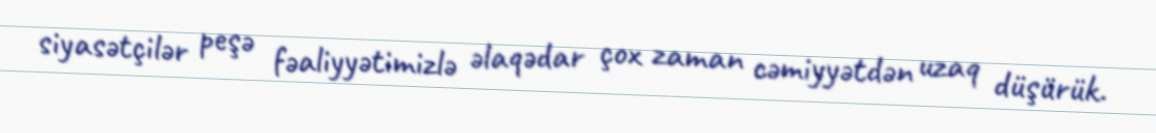
siyasətçilər peşə fəaliyyətimizlə əlaqədar çox zaman cəmiyyətdən uzaq düşürük.